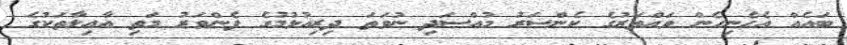
ބައެއް އެހެނިހެން ވައްތަރުގެ ކެންސަރު މުއްސަދި ނުވަތަ ދިރިއުޅުމުގެ ފެންވަރު މަތި އާއިލާތަކުގެ